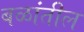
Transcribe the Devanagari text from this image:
बळांतील